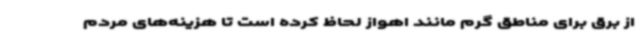
از برق برای مناطق گرم مانند اهواز لحاظ کرده است تا هزینه‌های مردم